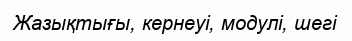
Жазықтығы, кернеуі, модулі, шегі